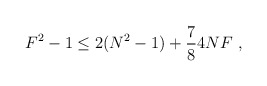
\begin{align*} F^2 -1 \le2(N^2-1) +\frac{7}{8} 4NF\ ,\end{align*}